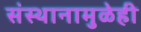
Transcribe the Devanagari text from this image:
संस्थानामुळेही